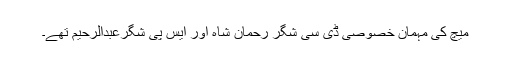
میچ کی مہمان خصوصی ڈی سی شگر رحمان شاہ اور ایس پی شگرعبدالرحیم تھے۔